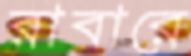
রাবারে